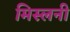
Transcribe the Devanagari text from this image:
मिस्लनी